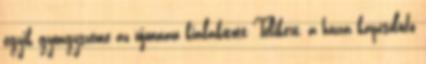
egyik gyöngyszeme az újonnan kialakított Télikert, a hozzá kapcsolódó